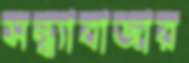
সন্ধ্যাবাজার